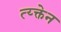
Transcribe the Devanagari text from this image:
त्य्क्तेन